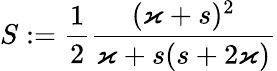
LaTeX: S:=\frac{1}{2}\frac{(\varkappa+s)^{2}}{\varkappa+s(s+2\varkappa)}